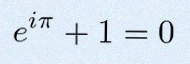
e^{i\pi}+1=0